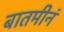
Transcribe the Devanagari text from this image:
बातमीनं